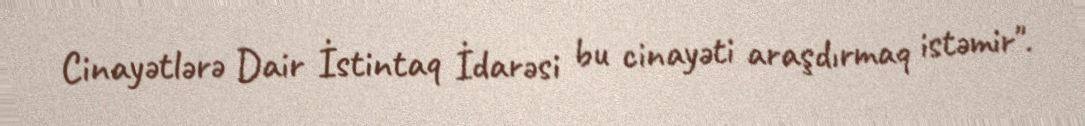
Cinayətlərə Dair İstintaq İdarəsi bu cinayəti araşdırmaq istəmir".